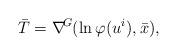
LaTeX: \begin{align*}\bar{T}=\nabla \!^{G}(\ln \varphi(u^{i}),\bar{x}), \end{align*}